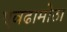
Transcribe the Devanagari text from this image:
एवढामोठा